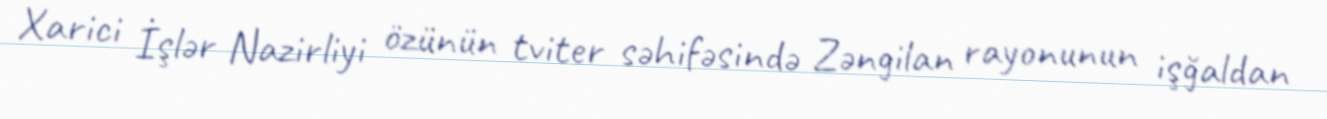
Xarici İşlər Nazirliyi özünün tviter səhifəsində Zəngilan rayonunun işğaldan